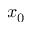
x _ { 0 }